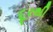
દૂરથી